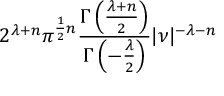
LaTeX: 2 ^ { \lambda + n } \pi ^ { { \frac { 1 } { 2 } } n } { \frac { \Gamma \left( { \frac { \lambda + n } { 2 } } \right) } { \Gamma \left( - { \frac { \lambda } { 2 } } \right) } } | { \boldsymbol { \nu } } | ^ { - \lambda - n }